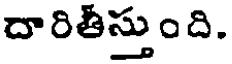
దారితీస్తుంది.